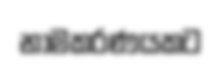
නාමකරණයකට